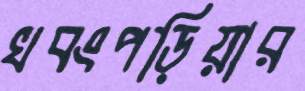
খবংপড়িয়ার